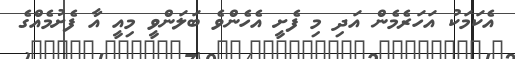
އެކަމަކު އަހަރެމެން އަދި މި ފެށީ އެހެންވެ ބަލަންވީ މިއީ އާ ފެށުމެއްގެ